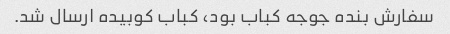
سفارش بنده جوجه کباب بود، کباب کوبیده ارسال شد.